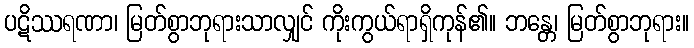
ပဋိဿရဏာ၊ မြတ်စွာဘုရားသာလျှင် ကိုးကွယ်ရာရှိကုန်၏။ ဘန္တေ၊ မြတ်စွာဘုရား။